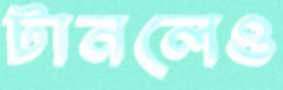
টানলেও